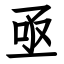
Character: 亟